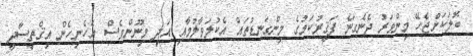
ބޮލަކަށްޖެހޭ މިންވަރު ދެނެގަނެ ފަޤީރުކަމުގެ މިންގަނޑުތައް އެކުލަވާލުމާއި އަދި މިނޫންވެސް އެހެނިހެން އިޤްތިސާދީ